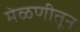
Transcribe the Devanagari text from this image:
मेळणीतून